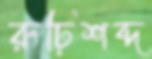
রূঢ়িশব্দ